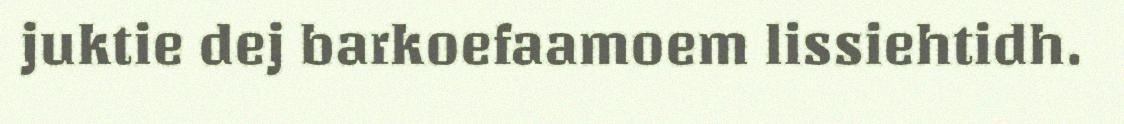
juktie dej barkoefaamoem lissiehtidh.